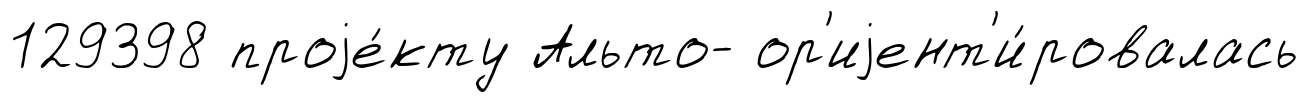
129398 проjе́кту Альто- ор'иjент'и́ровалась